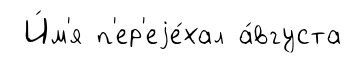
И́м'я п'ер'еjе́хал а́вгуста